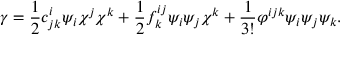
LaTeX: \gamma = \frac { 1 } { 2 } c _ { j k } ^ { i } \psi _ { i } \chi ^ { j } \chi ^ { k } + \frac { 1 } { 2 } f _ { k } ^ { i j } \psi _ { i } \psi _ { j } \chi ^ { k } + \frac { 1 } { 3 ! } \varphi ^ { i j k } \psi _ { i } \psi _ { j } \psi _ { k } .